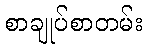
စာချုပ်စာတမ်း